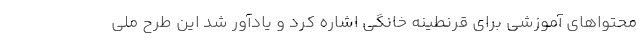
محتواهای آموزشی برای قرنطینه خانگی اشاره کرد و یادآور شد این طرح ملی